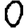
Digit: 0